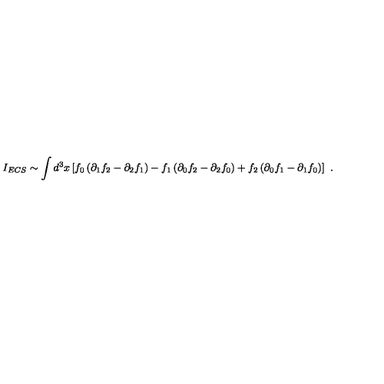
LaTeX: I _ { E C S } \sim \int d ^ { 3 } x \left[ f _ { 0 } \left( \partial _ { 1 } f _ { 2 } - \partial _ { 2 } f _ { 1 } \right) - f _ { 1 } \left( \partial _ { 0 } f _ { 2 } - \partial _ { 2 } f _ { 0 } \right) + f _ { 2 } \left( \partial _ { 0 } f _ { 1 } - \partial _ { 1 } f _ { 0 } \right) \right] \ .